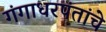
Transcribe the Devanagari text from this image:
गंगाधरपंतांचे